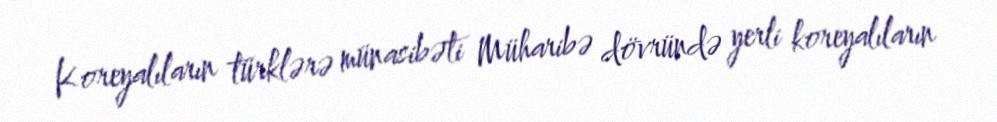
Koreyalıların türklərə münasibəti Müharibə dövründə yerli koreyalıların